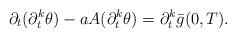
LaTeX: \begin{align*}\partial_{t} (\partial_{t}^{k} \theta) - a A (\partial_{t}^{k} \theta) = \partial_{t}^{k} \bar{g} (0, T). \end{align*}